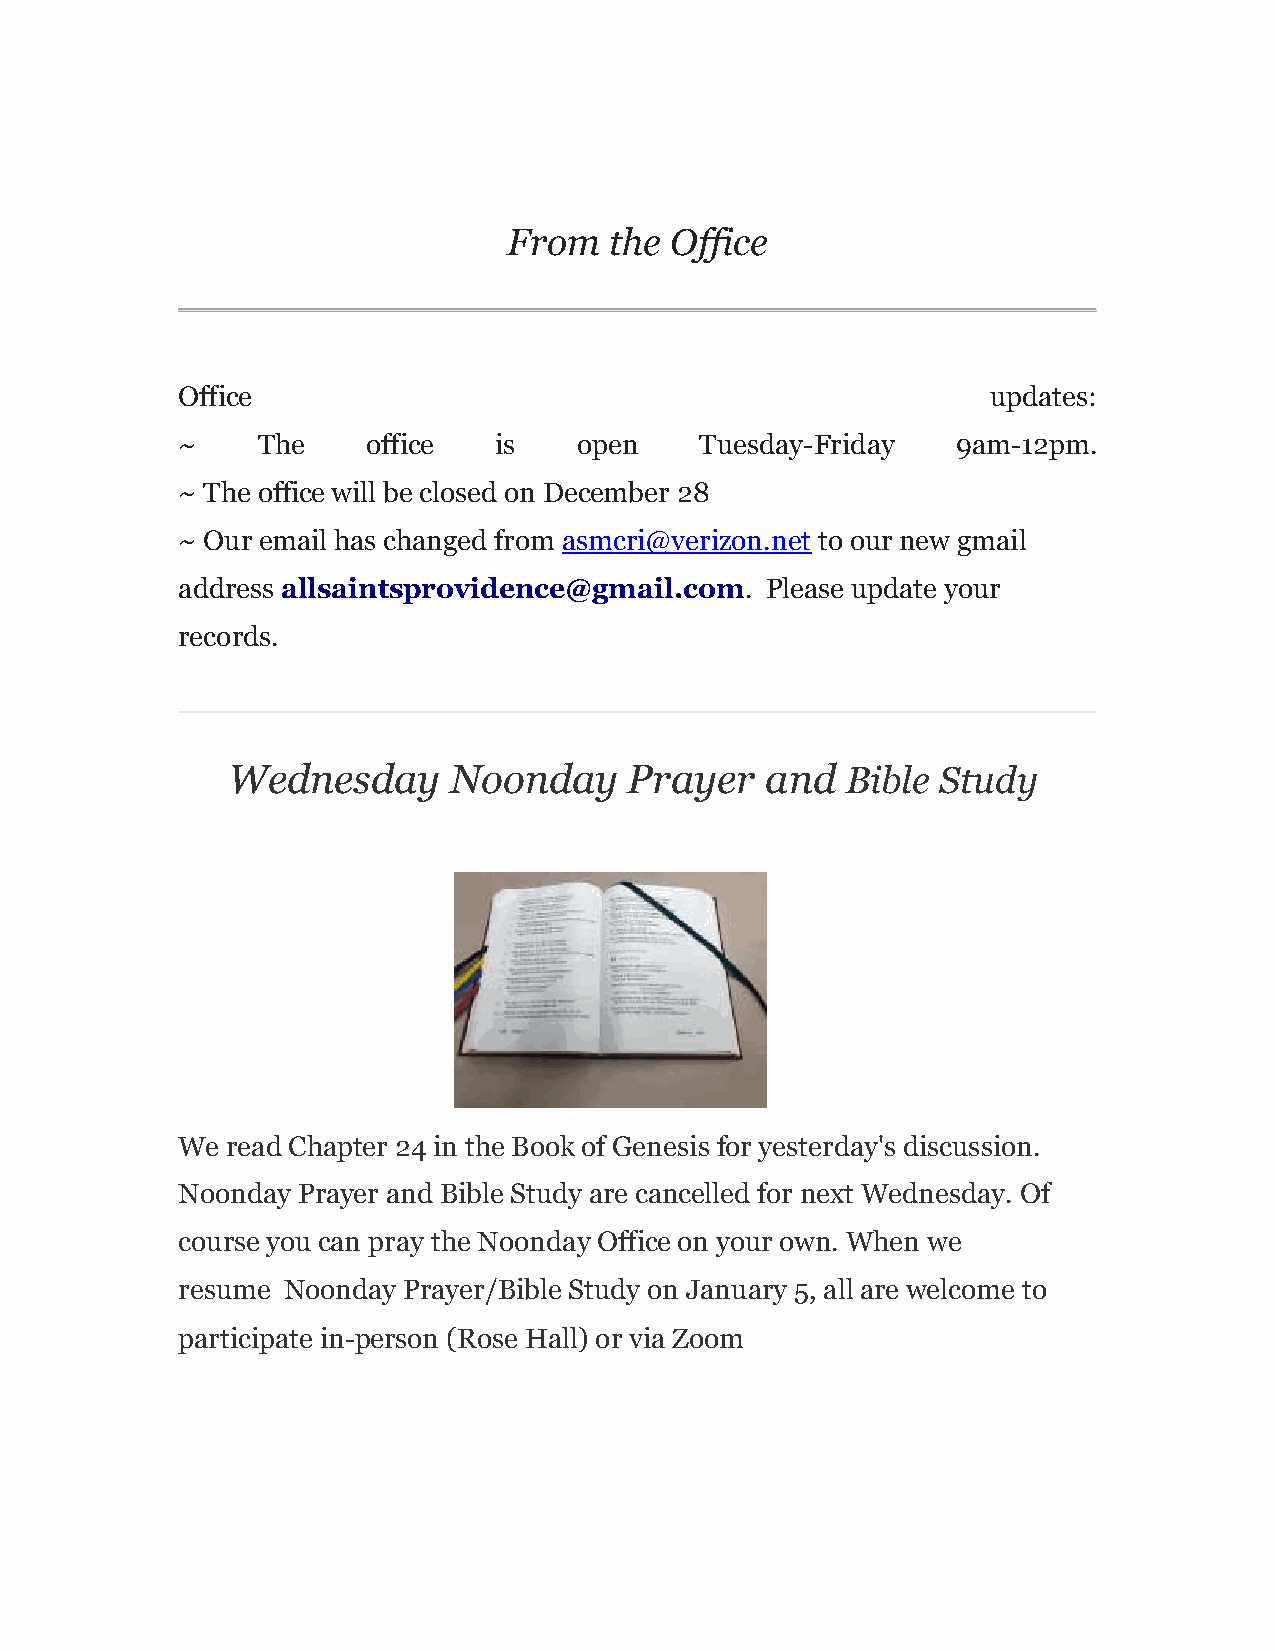
From  the Office
 Office                                                updates:
 ~    The    office   is   open    Tuesday-Friday   9am-12pm.
 ~ The office will be closed on December 28
 ~ Our email has changed from asmcri@verizon.net to our new gmail
 address allsaintsprovidence@gmail.com. Please update your
 records.
 Wednesday      Noonday     Prayer   and  Bible Study
 We read Chapter 24 in the Book of Genesis for yesterday's discussion.
 Noonday Prayer and Bible Study are cancelled for next Wednesday. Of
 course you can pray the Noonday Office on your own. When we
 resume Noonday Prayer/Bible Study on January 5, all are welcome to
 participate in-person (Rose Hall) or via Zoom